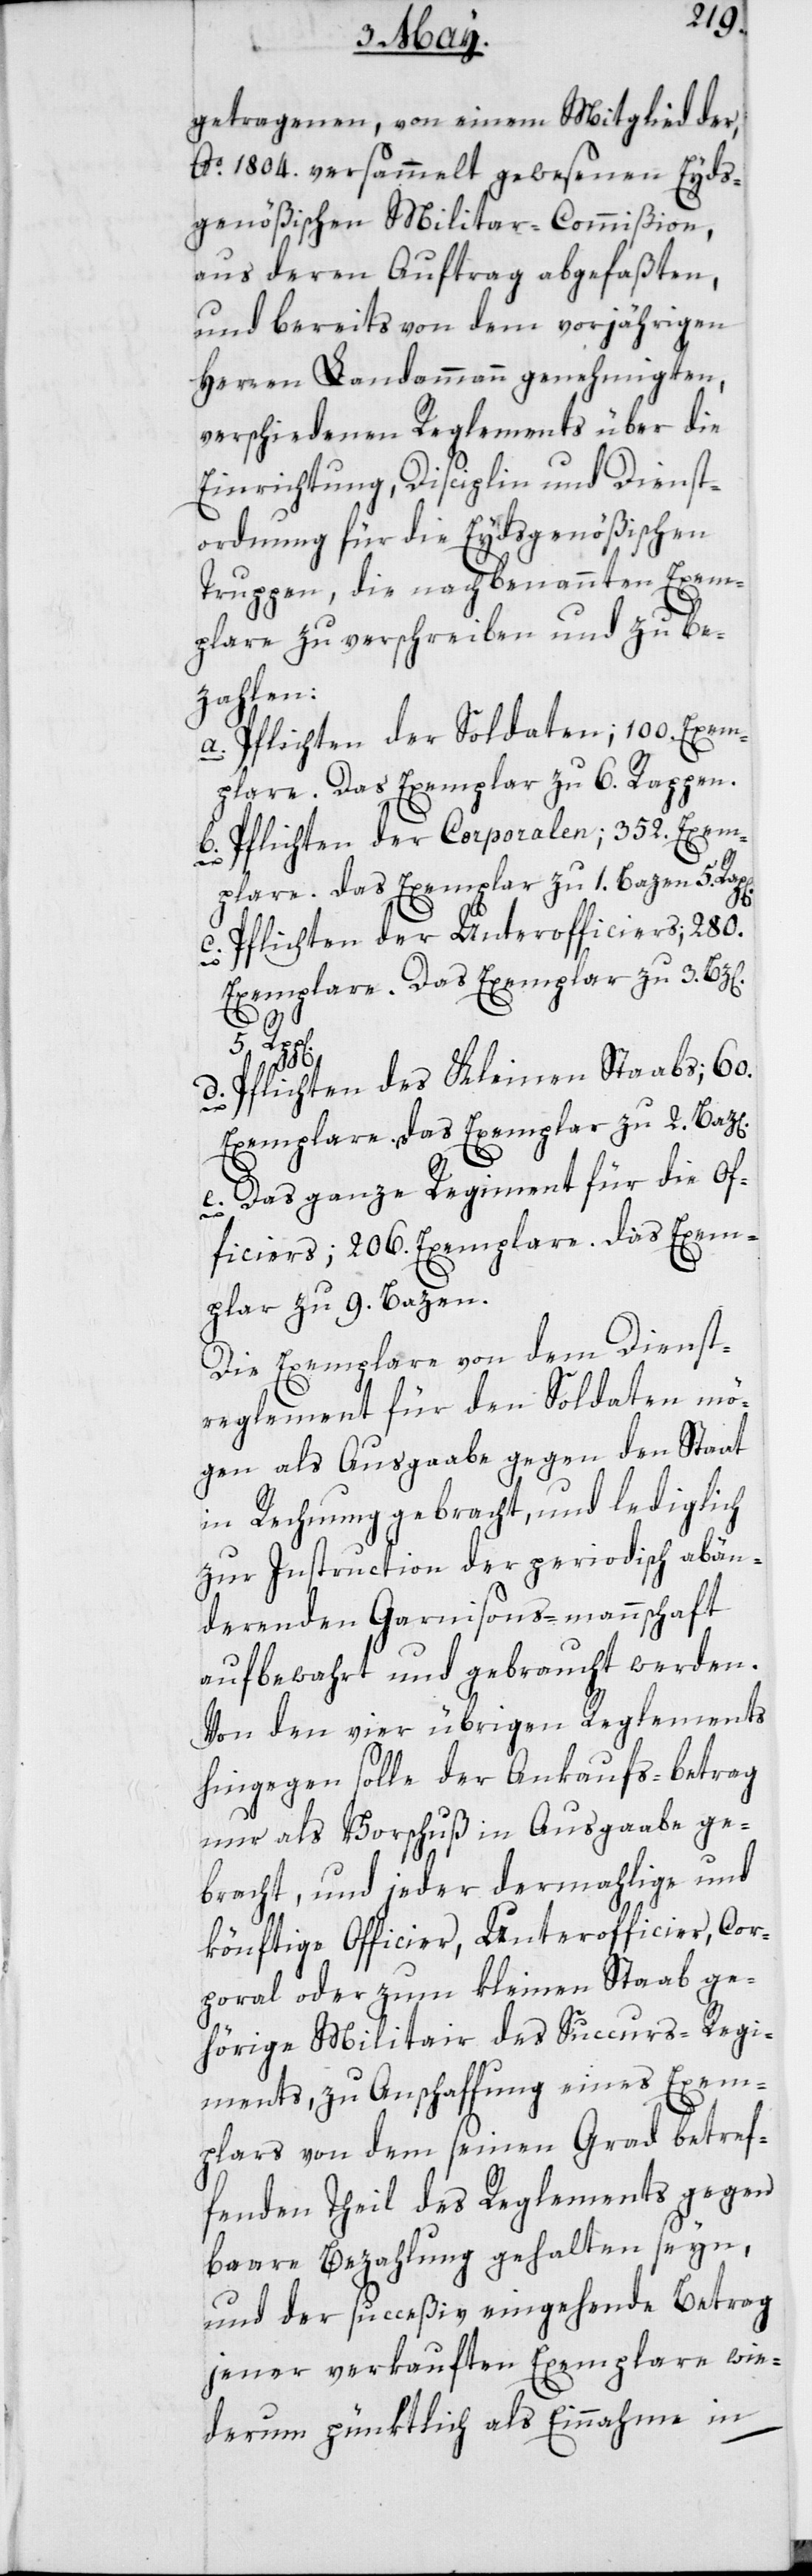
getragenen, von einem Mitglied der,
Ao. 1804. versammelt gewesenen Eyds¬
genößischen Militar-Commißion,
aus deren Auftrag abgefaßten,
und bereits von dem vorjährigen
Herren Landammann genehmigten,
verschiedenen Reglements über die
Einrichtung, Disciplin und Dienst¬
ordnung für die Eydsgenößischen
Truppen, die nachbenannten Exem¬
plare zu verschreiben und zu be¬
zahlen:
a.) Pflichten der Soldaten; 100. Exem¬
plare. Das Exemplar zu 6. Rappen.
b.) Pflichten der Corporalen; 352. Exem¬
plare. Das Exemplar zu 1. Batzen 5.
c.) Pflichten der Unterofficiers; 280.
Exemplare. Das Exemplar zu 2.
5.
d.) Pflichten des Kleinen Staabs; 60.
e) Das ganze Regiment für die Of¬
ficiers; 260. Exemplare. Das Exem¬
plar zu 9. Bazen.
Die Exemplare von dem Dienst¬
reglement für den Soldaten mö¬
gen als Ausgaabe gegen den Staat
in Rechnung gebracht, und lediglich
zur Instruction der periodisch abän¬
derenden Garnisons-mannschaft
aufbewahrt und gebraucht werden.V¬
on den vier übrigen Reglements
hingegen solle der Ankaufs-betrag
nur als Vorschuß in Ausgaabe ge¬
bracht, und jeder dermahlige und
könftige Officier, Unterofficier, Cor¬
poral oder zum kleinen Staab ge¬
hörige Militair des Succurs-Regi¬
ments, zu Anschaffung eines Exem¬
plars von dem seinen Grad betref¬
fenden Theil des Reglements gegen
baare Bezahlung gehalten seyn,
und der succeßiv eingehende Betrag
jener verkauften Exemplare wie¬
derum pünktlich als Einnahme in